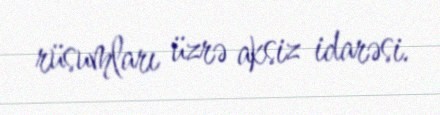
rüsumları üzrə aksiz idarəsi.